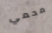
محمي